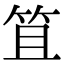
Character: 笡